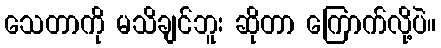
သေတာကို မသိချင်ဘူး ဆိုတာ ကြောက်လို့ပဲ။